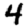
Digit: 4